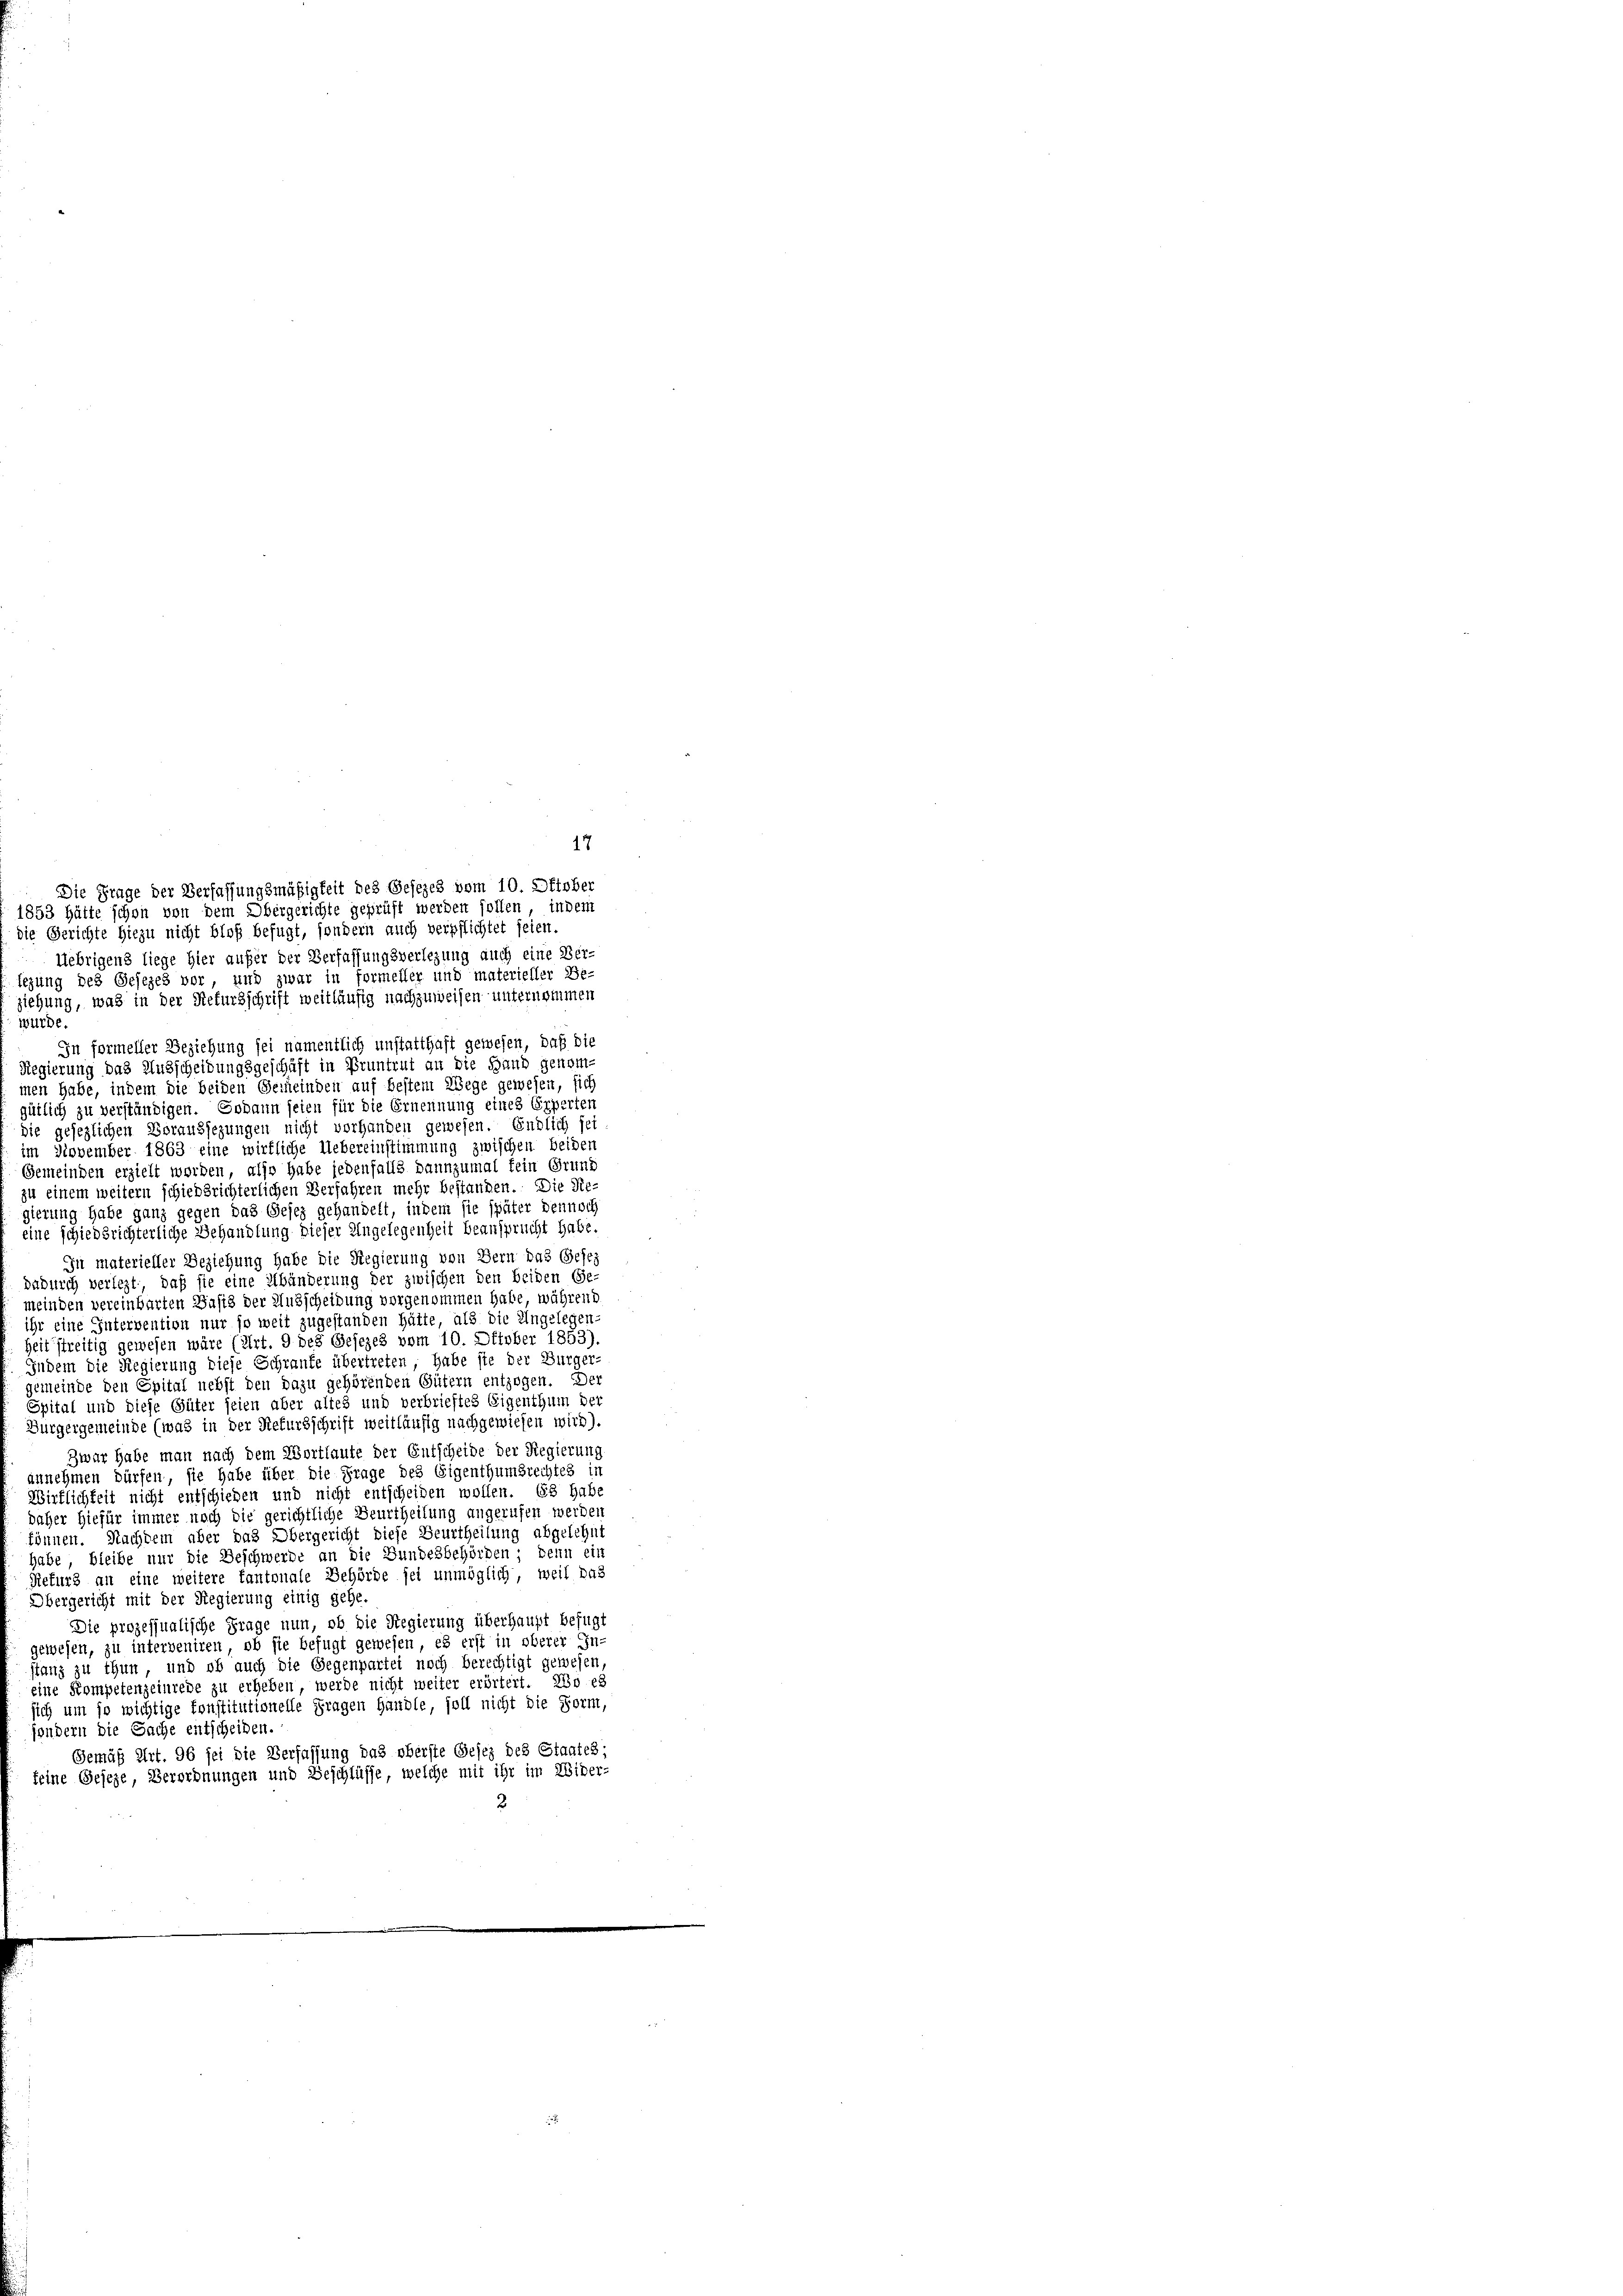
Die Frage der Verfassungsmäßigkeit des Gesezes vom 10. Oktober
1853 hätte schon von dem Obergerichte geprüft werden sollen, indem
die Gerichte hiezu nicht bloß befugt, sondern auch verpflichtet seien.
Uebrigens liege hier aufer der Verfassungsverlegung auch eine Ver-
tezung des Gesezes vor, und zwar in formeller und materieller Be-
ziehung, was in der Rekursschrift weitläufig nachzuweisen unternommen
wurde.
In formeller Beziehung sei namentlich unstatthaft gewesen, daß die
Regierung das Ausscheidungsgeschäft in Pruntrut an die Hand genom-
inen habe, indem die beiden Gemeinden auf bestem Wege gewesen, sich
gütlich zu verständigen. Sodann seien für die Ernennung eines Experten
sie gesezlichen Voraussezungen nicht vorhanden gewesen. Endlich sei
im November 1863 eine wirkliche Uebereinstimmung zwischen beiden
Gemeinden erzielt worden, also habe jedenfalls dannzumal fein Grund
zu einem weitern schiedsrichterlichen Verfahren mehr bestanden. Die Re-
gierung habe ganz gegen das Gesez gehandelt, indem sie später dennoch
eine schiedsrichterliche Behandlung dieser Angelegenheit beansprucht habe.
In materieller Beziehung habe die Regierung von Bern das Gese
dadurch verlegt, daß sie eine Abänderung der zwischen den beiden Ge-
meinden vereinbarten Basis der Ausscheidung vorgenommen habe während
ihr eine Intervention nur so weit zugestanden hätte, als die Angelegen-
heit streitig gewesen wäre (Art. 9 des Gesezes vom 10. Oktober 1853)
Indem die Regierung diese Schraufe übertreten, habe sie der Bürger
gemeinde den Spital nebst den dazu gehörenden Gütern entzogen. Der
Spital und diese Güter seien aber altes und verbrieftes Eigenthum der
Burgergemeinde (was in der Refursschrift weitläufig nachgewiesen wird).
Zwar habe man nach dem Wortlaute der Entscheide der Regierung
annehmen dürfen, sie habe über die Frage des Eigenthumsrechtes in
Wirflichkeit nicht entschieden und nicht entscheiden wollen. Es habe
daher hiefür immer noch die gerichtliche Beurtheilung angerufen werden
können. Nachdem aber das Obergericht diese Beurtheilung abgelehnt
habe, bleibe nur die Beschwerde an die Bundesbehörden; denn ein
Refurs an eine weitere kantonale Behörde sei unmöglich, weil das
Übergericht mit der Regierung einig gehe
Die prozessualische Frage nun, ob die Regierung überhaupt befugt
gewesen, zu interveniren, ob sie befugt gewesen, es erst in oberer In-
stanz zu thun, und ob auch die Gegenpartei noch berechtigt gewesen,
eine Kompetenzeinrede zu erheben, werde nicht weiter erörtert. Wo es
sich um so wichtige Konstitutionelle Fragen Handle, soll nicht die Form,
jondern die Sache entscheiben.
Gemäß Art. 96 sei die Verfassung das oberste Gesez des Staates;
keine Geseze, Verordnungen und Beschlüsse, welche mit ihr im Wider-
3

17